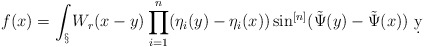
\begin{align*}f(x) = \int_\S W_r(x-y)\prod_{i=1}^n(\eta_i(y)-\eta_i(x))\sin^{[n]}(\tilde \Psi(y)-\tilde \Psi(x))\ \d y\end{align*}